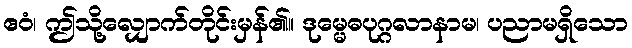
ဧဝံ၊ ဤသို့လျှောက်တိုင်းမှန်၏။ ဒုမ္မေဓပုဂ္ဂလာနာမ၊ ပညာမရှိသော